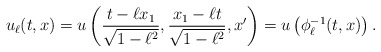
\begin{align*} u_{\ell}(t,x)=u\left(\frac{t-\ell x_1}{\sqrt{1-\ell^2}},\frac{x_1-\ell t}{\sqrt{1-\ell^2}},x'\right)=u\left(\phi_{\ell}^{-1}(t,x)\right).\end{align*}